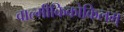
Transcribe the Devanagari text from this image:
वाल्मीकिकोकिलम्‌